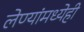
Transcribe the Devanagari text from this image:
लेण्यांमध्येही